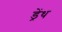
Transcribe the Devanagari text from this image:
ड्रेंथ